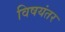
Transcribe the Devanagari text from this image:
विषयंतर